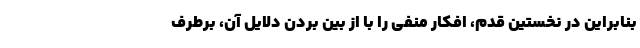
بنابراین در نخستین قدم، افکار منفی را با از بین بردن دلایل آن، برطرف